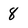
Character: 8